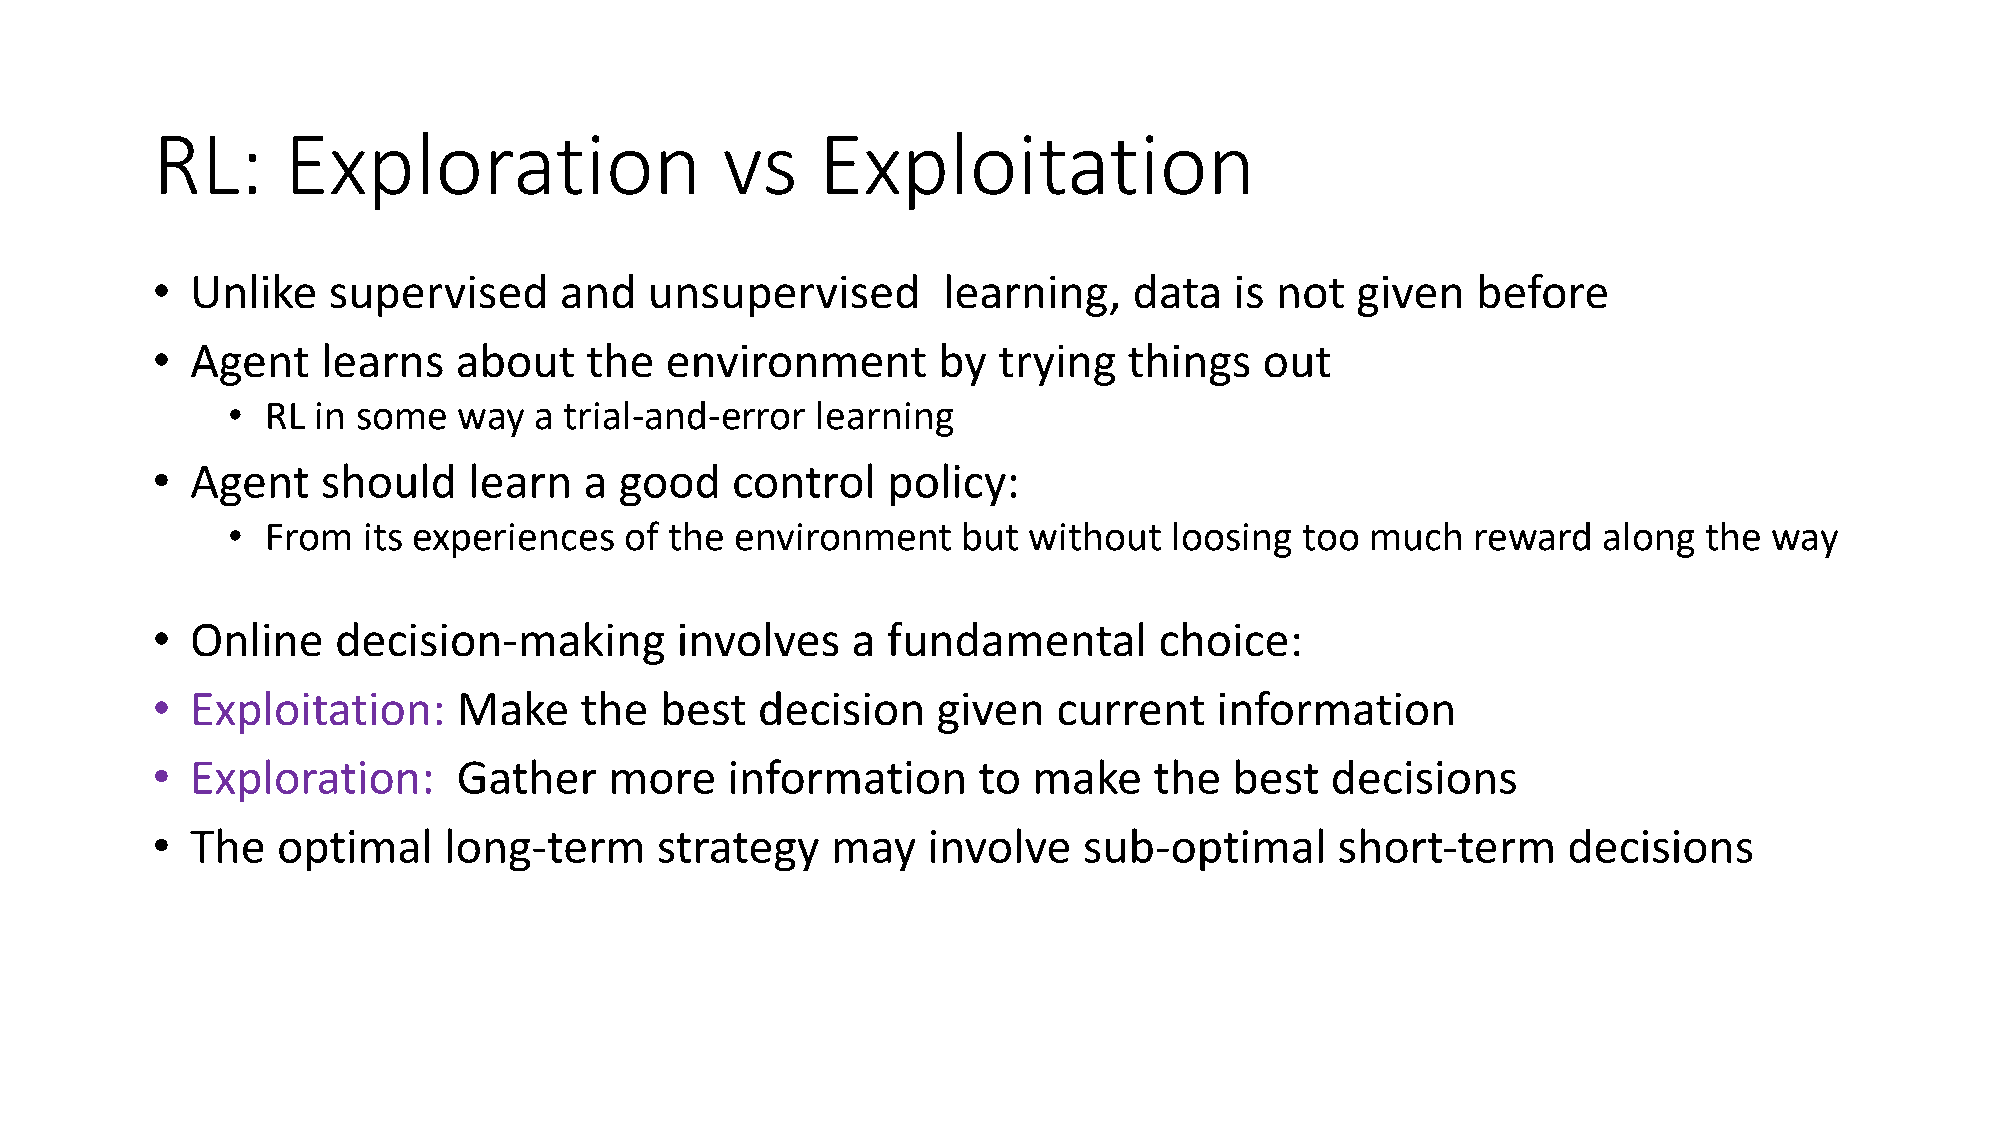
RL:      Exploration                  vs    Exploitation
 •  Unlike   supervised     and   unsupervised       learning,    data   is not  given   before
 •  Agent   learns   about    the  environment       by  trying   things   out
 •  RL in some  way  a trial-and-error  learning
 •  Agent   should    learn   a good   control    policy:
 •  From  its experiences  of the  environment    but without   loosing too  much  reward   along  the way
 •  Online   decision-making        involves   a  fundamental       choice:
 •  Exploitation:    Make    the   best  decision    given   current    information
 •  Exploration:     Gather    more    information      to make    the   best  decisions
 •  The  optimal    long-term     strategy    may   involve    sub-optimal      short-term     decisions